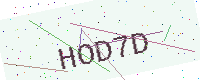
Text: HOD7D